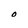
Character: O